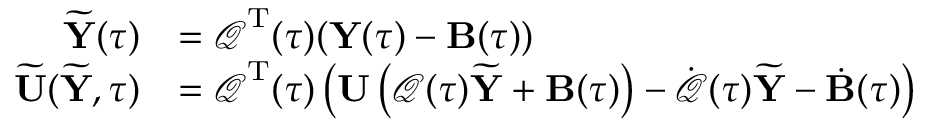
\begin{array} { r l } { \widetilde { { \mathbf Y } } ( \tau ) } & { = \boldsymbol { \mathcal Q } ^ { { \mathrm T } } ( \tau ) ( { \mathbf Y } ( \tau ) - { \mathbf B } ( \tau ) ) } \\ { \widetilde { { \mathbf U } } ( \widetilde { { \mathbf Y } } , \tau ) } & { = \boldsymbol { \mathcal Q } ^ { { \mathrm T } } ( \tau ) \left( { \mathbf U } \left( \boldsymbol { \mathcal Q } ( \tau ) \widetilde { { \mathbf Y } } + { \mathbf B } ( \tau ) \right) - \dot { \boldsymbol { \mathcal Q } } ( \tau ) \widetilde { { \mathbf Y } } - \dot { { \mathbf B } } ( \tau ) \right) } \end{array}